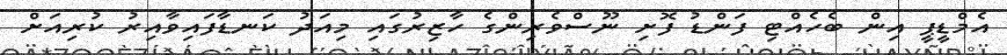
އެމްޑީޕީ އިން ބެހެއްޓި ފަންޑު ފޮށި ނޫސްވެރިންގެ ހާޒިރުގައި މިއަދު ކަނޑާފައިވާއިރު ކުރިއަށް